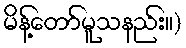
မိန့်တော်မူသနည်း။)